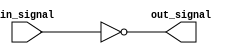
module RTL_inverter (
    input wire in_signal,
    output reg out_signal
);

// Combinational logic for inverter
assign out_signal = ~in_signal;

endmodule